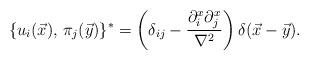
LaTeX: \begin{align*}\{u_i(\vec x),\, \pi_j(\vec y)\}^* = \left( \delta_{ij} - {\partial_i^x\partial_j^x\over{\nabla^2}}\right)\delta(\vec x - \vec y).\end{align*}